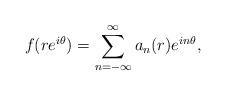
LaTeX: \begin{align*}f(re^{i\theta}) = \sum_{n=-\infty}^\infty a_n(r) e^{in\theta},\end{align*}